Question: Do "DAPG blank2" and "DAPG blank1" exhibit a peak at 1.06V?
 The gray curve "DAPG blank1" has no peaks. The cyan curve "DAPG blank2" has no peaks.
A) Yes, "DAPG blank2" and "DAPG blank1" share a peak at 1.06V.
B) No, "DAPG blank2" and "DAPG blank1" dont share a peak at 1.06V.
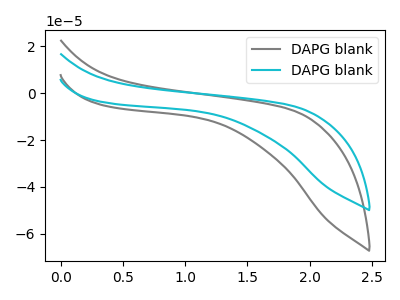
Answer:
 <answer>B) No, "DAPG blank2" and "DAPG blank1" dont share a peak at 1.06V.</answer>
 <eval>B</eval>